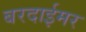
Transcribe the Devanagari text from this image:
बरदाईमर